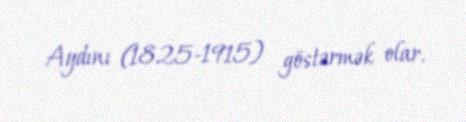
Aydını (1825-1915) göstərmək olar.